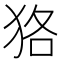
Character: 狢